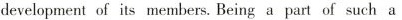
development of its members. Being a part of such a